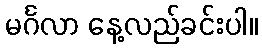
မင်္ဂလာ နေ့လည်ခင်းပါ။